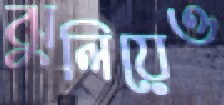
ঝুলিয়েও